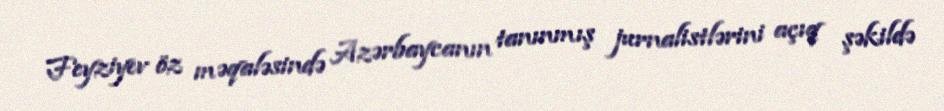
Feyziyev öz məqaləsində Azərbaycanın tanınmış jurnalistlərini açıq şəkildə